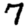
Digit: 7